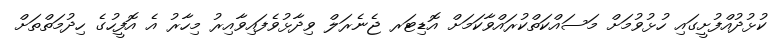
ކުޅުދުއްފުށީގައި ހުޅުވުމަށް މަސައްކަތްކުރައްވާކަމަށް އޮޑިޓަރ ޖެނެރަލް ވިދާޅުވެފައިވާއިރު މިހާރު އެ އޮފީހުގެ ހިދުމަތްތަށް